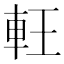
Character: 軖